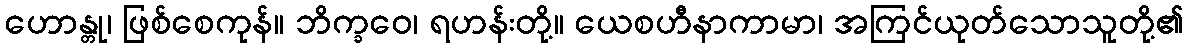
ဟောန္တု၊ ဖြစ်စေကုန်။ ဘိက္ခဝေ၊ ရဟန်းတို့။ ယေစဟီနာကာမာ၊ အကြင်ယုတ်သောသူတို့၏